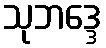
သုဘဒ္ဒေ